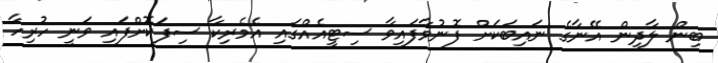
ބިން ލާދިން އޭނާގެ ނައިބަކަށް ފޮނުވާފައިވާ ސިޓީއެއްގައި އެމެރިކާ ސިފަކޮށްފައި ވަނީ ހުރިހާ